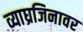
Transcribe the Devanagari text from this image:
व्याघ्रजिनावर